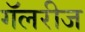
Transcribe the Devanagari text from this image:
गॅलरीज